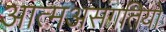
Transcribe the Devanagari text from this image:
आत्मअसंगतियों